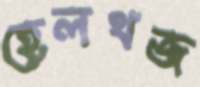
হেলথজ